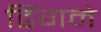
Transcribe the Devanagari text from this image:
ढिंगने